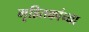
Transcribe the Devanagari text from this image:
गृहितकांच्या